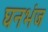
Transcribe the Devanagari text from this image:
घनभंज